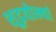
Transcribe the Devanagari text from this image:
शूद्रयोन्यां